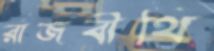
রাজবীথি